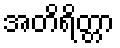
အတိရိတ္တာ